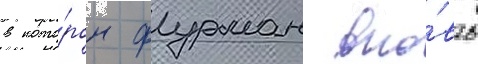
в кото́ром фурман вно́вь